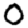
Digit: 0